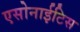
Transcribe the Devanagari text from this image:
एसोनाईटिस